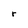
Character: r